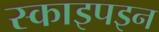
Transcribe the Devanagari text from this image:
स्काइपइन